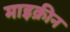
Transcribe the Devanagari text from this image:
माइक्रीन